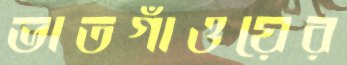
ভাতগাঁওয়ের